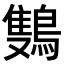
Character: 𬷩